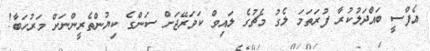
އެފްސީ ބައްދަލުކުރާ ފުރަތަމަ ލެގު މެޗުގެ ލައިވް ކަވަރޭޖަށް ސަންގެ ކިޔުންތެރީންނަށް މަރުހަބާ!